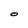
Character: O